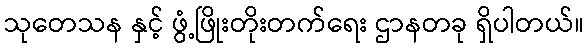
သုတေသန နှင့် ဖွံ့ဖြိုးတိုးတက်ရေး ဌာနတခု ရှိပါတယ်။